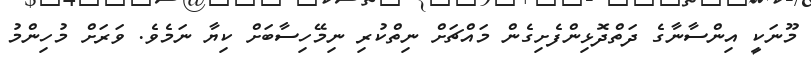
މޫނަކީ އިންސާނާގެ ދަތްދޮޅިންފެށިގެން މައްޗަށް ނިތްކުރި ނިމޭހިސާބަށް ކިޔާ ނަމެވެ. ވަރަށް މުހިންމު